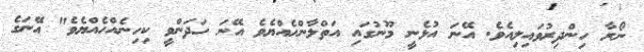
ނޯރާ ހިންދިރުވައިލިއެވެ. އޭނަ އުޅެނީ މޫނުގައި އަތްލާންހެއްޔެވެ އޭނަ ހަދަންވީ ކިހިނެއްހެއްޔެވެ" އޭނަގެ